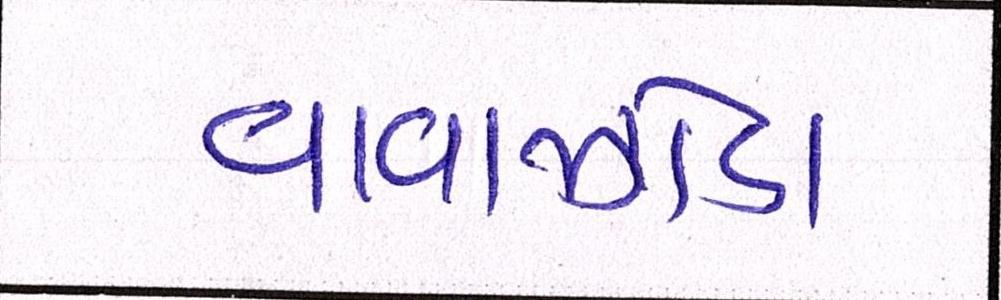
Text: વાવાઝોડા